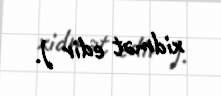
xidmət edir ).